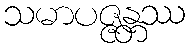
သမာပဇ္ဇန္တဿ